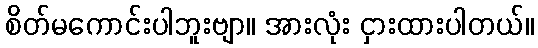
စိတ်မကောင်းပါဘူးဗျာ။ အားလုံး ငှားထားပါတယ်။